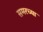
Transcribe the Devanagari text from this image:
समरच्या